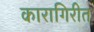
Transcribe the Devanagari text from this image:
कारागिरीत